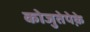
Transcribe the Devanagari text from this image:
कोजुतेपेक़े